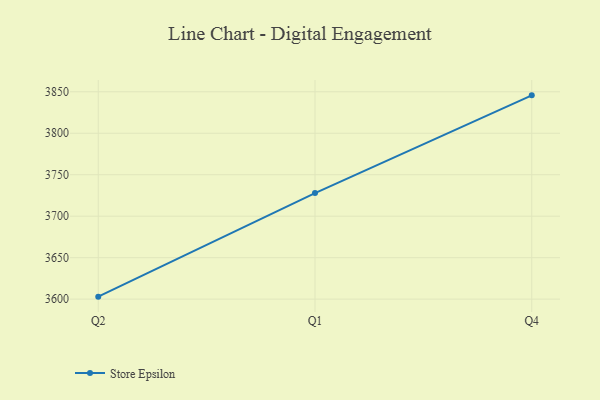
{"axis": {"x": "Quarter", "y": "Temperature (°C)"}, "legend": ["Store Epsilon"], "data": [{"x": "Q2", "y": 3603.0, "type": "Store Epsilon"}, {"x": "Q1", "y": 3727.9, "type": "Store Epsilon"}, {"x": "Q4", "y": 3845.7, "type": "Store Epsilon"}]}